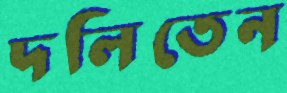
দলিতেন